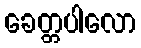
ခေတ္တပါလော